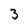
Character: 3